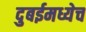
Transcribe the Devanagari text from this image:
दुबईमध्येच